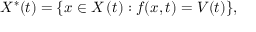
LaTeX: X ^ { \ast } ( t ) = \{ x \in X \left( t \right) : f ( x , t ) = V ( t ) \} { \mathrm { , ~ } }